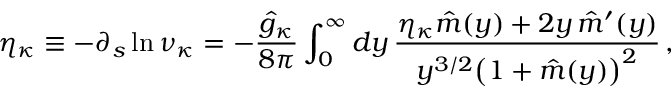
\eta _ { \kappa } \equiv - \partial _ { s } \ln \nu _ { \kappa } = - \frac { \hat { g } _ { \kappa } } { 8 \pi } \int _ { 0 } ^ { \infty } d y \, \frac { \eta _ { \kappa } \hat { m } ( y ) + 2 y \, \hat { m } ^ { \prime } ( y ) } { y ^ { 3 / 2 } \big ( 1 + \hat { m } ( y ) \big ) ^ { 2 } } \, ,